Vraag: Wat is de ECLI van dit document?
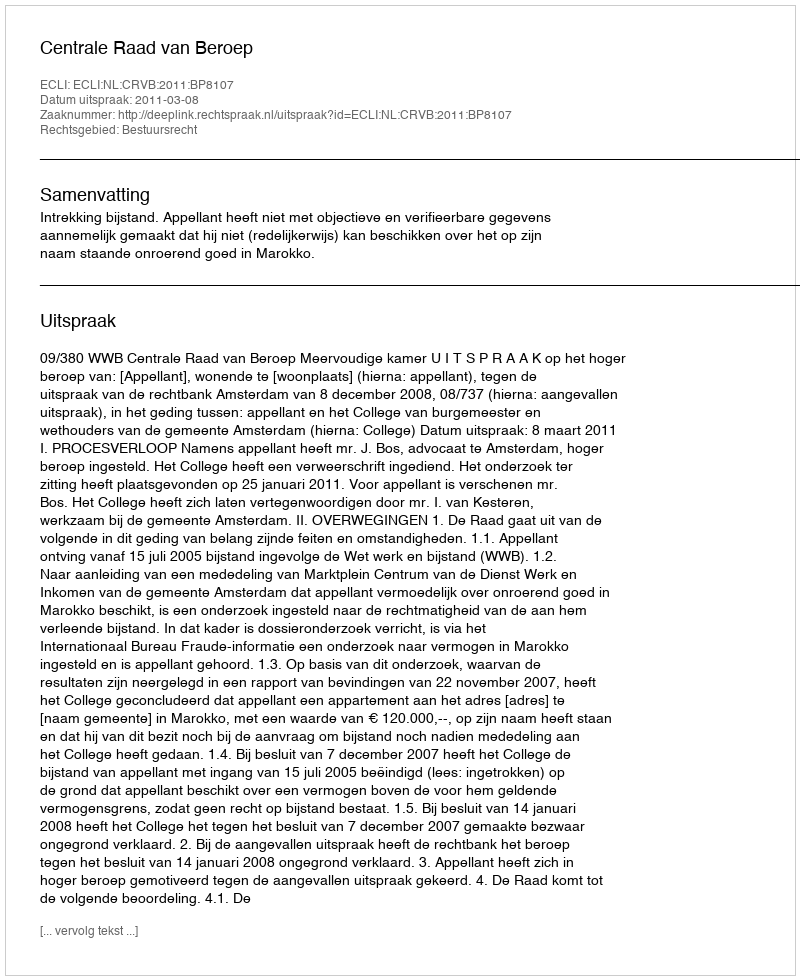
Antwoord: ECLI:NL:CRVB:2011:BP8107